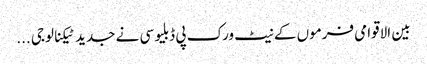
بین الاقوامی فرموں کے نیٹ ورک پی ڈبلیو سی نے جدید ٹیکنالوجی ...